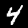
Digit: 4